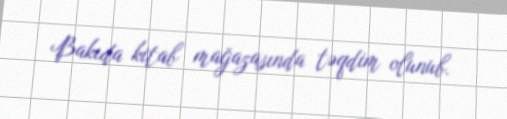
Bakıda kitab mağazasında təqdim olunub.